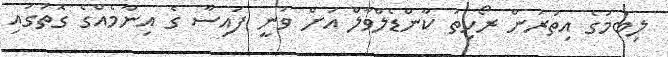
ލިބުމުގެ އިތުރުން ރޯހިތު ކާންޑެލްވާލް އަށް ވަނީ ފައިސާ ގެ އިނާމެއްގެ ގޮތުގައި